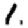
Digit: 1